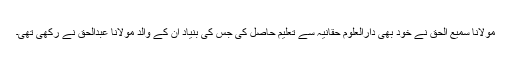
مولانا سمیع الحق نے خود بھی دارالعلوم حقانیہ سے تعلیم حاصل کی جس کی بنیاد ان کے والد مولانا عبدالحق نے رکھی تھی۔